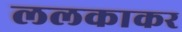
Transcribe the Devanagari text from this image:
ललकाकर